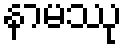
နာမဿု